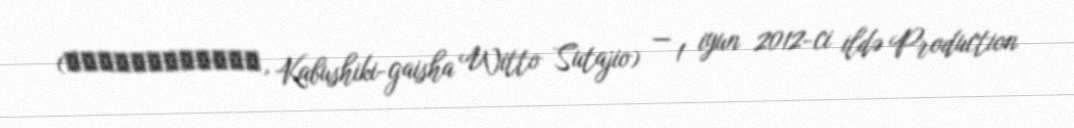
(株式会社ウィットスタジオ, Kabushiki-gaisha Witto Sutajio) — 1 iyun 2012-ci ildə Production